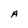
Character: A